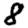
Digit: 8